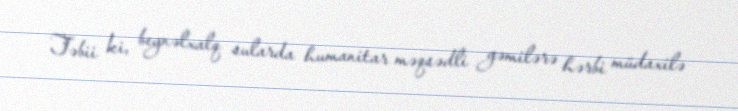
Təbii ki, beynəlxalq sularda humanitar məqsədli gəmilərə hərbi müdaxilə